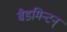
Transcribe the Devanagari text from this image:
बैडमिन्टन्